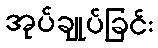
အုပ်ချုပ်ခြင်း